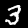
Label: 3